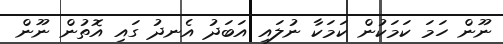
ނޫން ހަމަ ކަމަކުން ކަމަކާ ނުލައި އަބަދު އެނދު ގައި އޮތުން ނޫން